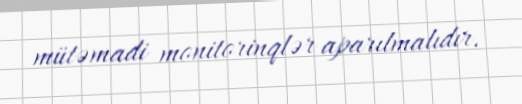
mütəmadi monitorinqlər aparılmalıdır.